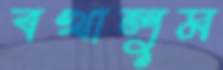
বখালুম